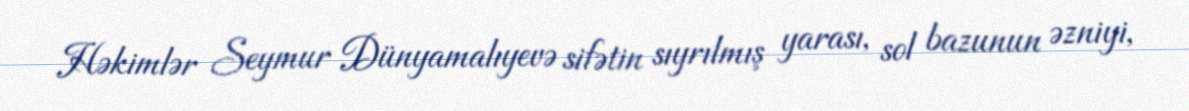
Həkimlər Seymur Dünyamalıyevə sifətin sıyrılmış yarası, sol bazunun əzniyi,